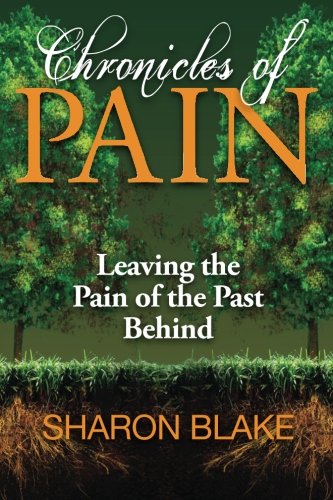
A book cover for Chronicles of Pain; Sharon Blake; Parenting & Relationships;